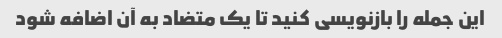
این جمله را بازنویسی کنید تا یک متضاد به آن اضافه شود